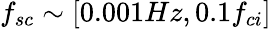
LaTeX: f_{sc}\sim[0.001Hz,0.1f_{ci}]